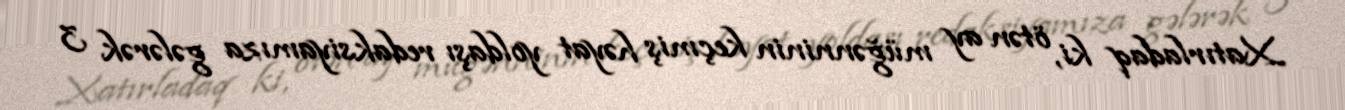
Xatırladaq ki, ötən ay müğənninin keçmiş həyat yoldaşı redaksiyamıza gələrək 3